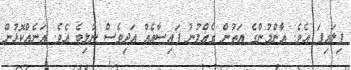
ފިލައިފަ އެވެ. އާންމުންގެ އަތުން ގެއްލުނު ފައިސާއެއް އަދިވެސް ނުލިބެ އެވެ. އަނެއްކޮޅުން